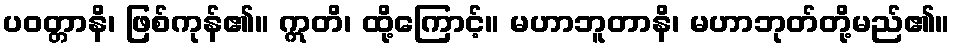
ပဝတ္တာနိ၊ ဖြစ်ကုန်၏။ ဣတိ၊ ထို့ကြောင့်။ မဟာဘူတာနိ၊ မဟာဘုတ်တို့မည်၏။